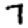
Digit: 7